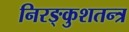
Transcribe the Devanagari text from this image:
निरङ्कुशतन्त्र